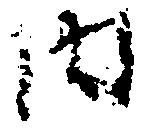
内